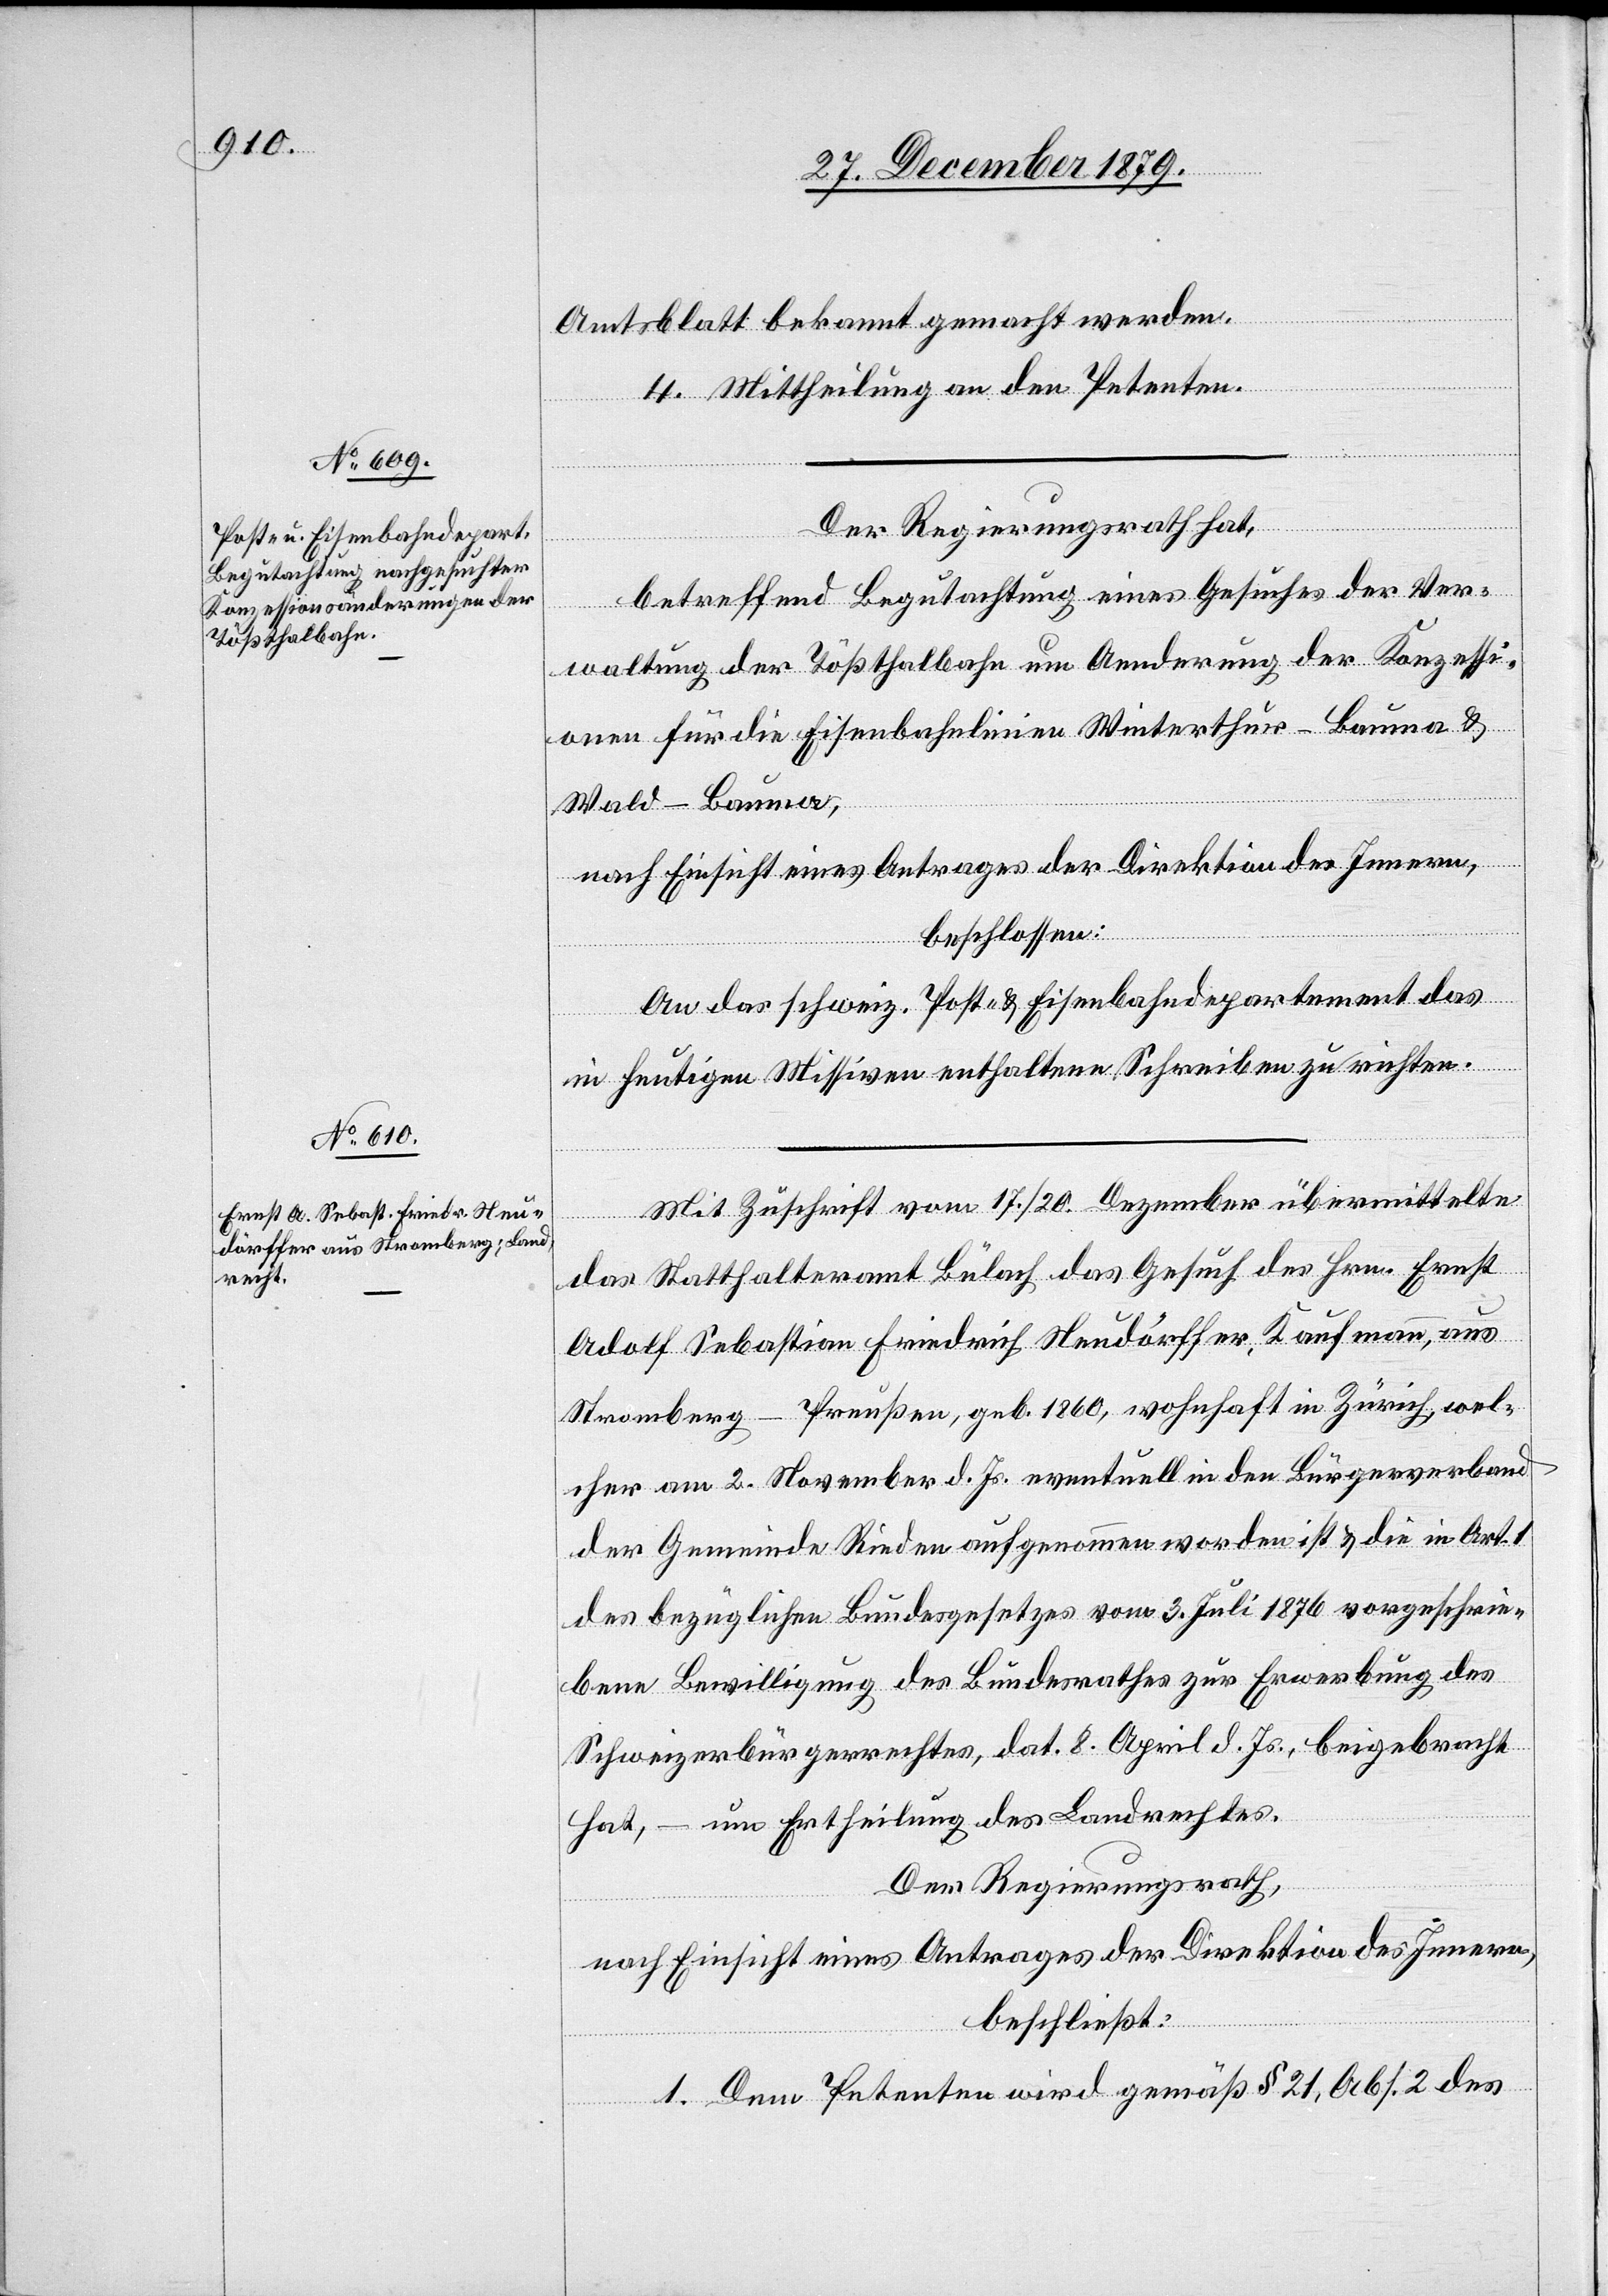
Amtsblatt bekannt gemacht werden.
4. Mittheilung an den Petenten.
Der Regierungsrath hat,
betreffend Begutachtung eines Gesuchs der Ver¬
waltung der Tößthalbahn um Aenderung der Konzessi¬
onen für die Eisenbahnlinien Winterthur–Bauma &
Wald–Bauma,
nach Einsicht eines Antrages der Direktion des Innern,
beschlossen:
An das schweiz. Post- & Eisenbahndepartement das
in heutigen Missiven enthaltene Schreiben zu richten.
Mit Zuschrift vom 17./20. Dezember übermittelte
das Statthalteramt Bülach das Gesuch des Hrn. Ernst
Adolf Sebastian Friedrich Neudörffer, Kaufmann, aus
Stromberg - Preußen, geb. 1860, wohnhaft in Zürich, wel¬
cher am 2. November d. Js. eventuell in den Bürgerverband
der Gemeinde Rieden aufgenommen worden ist & die in Art.
des bezüglichen Bundesgesetzes vom 3. Juli 1876 vorgeschrie¬
ben Bewilligung des Bundesrathes zur Erwerbung des
Schweizerbürgerrechtes, dat. 8. April d. Js., beigebracht
hat, – um Ertheilung des Landrechtes.
Der Regierungsrath,
nach Einsicht eines Antrages der Direktion des Innern,
beschließt:
1. Dem Petenten wird gemäß § 21, Abs. 2 des